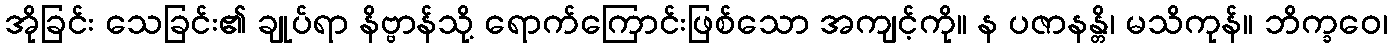
အိုခြင်း သေခြင်း၏ ချုပ်ရာ နိဗ္ဗာန်သို့ ရောက်ကြောင်းဖြစ်သော အကျင့်ကို။ န ပဇာနန္တိ၊ မသိကုန်။ ဘိက္ခဝေ၊